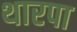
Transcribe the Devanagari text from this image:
थारपा